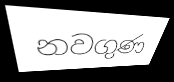
නවගුණ